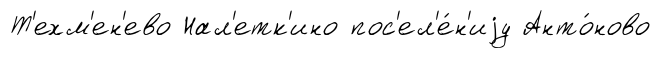
Т'ехм'ен'ево Нал'етк'ино пос'ел'е́н'иjу Анто́ново